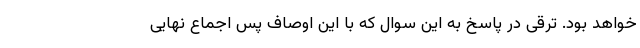
خواهد بود. ترقی در پاسخ به این سوال که با این اوصاف پس اجماع نهایی